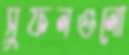
সুফলগুলো